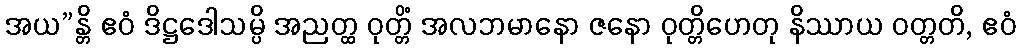
အယ”န္တိ ဧဝံ ဒိဋ္ဌဒေါသမ္ပိ အညတ္ထ ဝုတ္တိံ အလဘမာနော ဇနော ဝုတ္တိဟေတု နိဿာယ ဝတ္တတိ, ဧဝံ